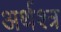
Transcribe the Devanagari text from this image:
अर्थश्त्र